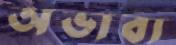
অভাব্য